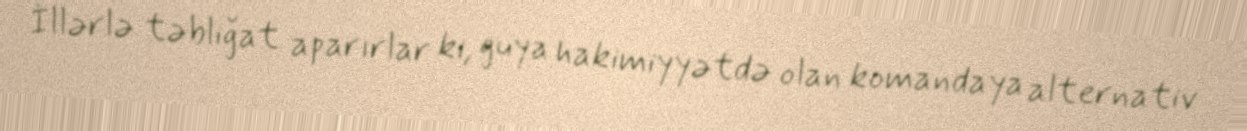
İllərlə təbliğat aparırlar ki, guya hakimiyyətdə olan komandaya alternativ